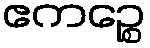
ဧကဉ္စေ